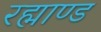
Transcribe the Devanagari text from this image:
रह्माण्ड